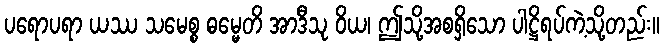
ပရောပရာ ယဿ သမေစ္စ ဓမ္မေတိ အာဒီသု ဝိယ၊ ဤသို့အစရှိသော ပါဋ္ဌိရပ်ကဲ့သို့တည်း။